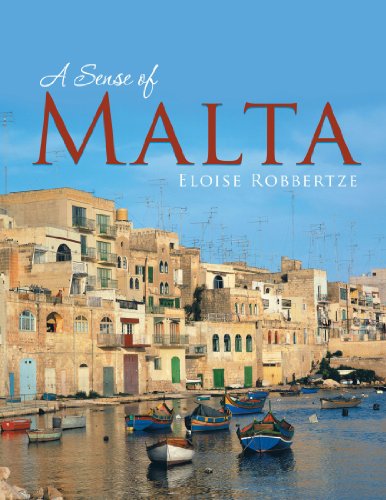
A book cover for A Sense Of Malta; Eloise Robbertze; Travel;